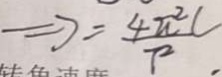
\Rightarrow = \frac { 4 \pi ^ { 2 } C } { T ^ { 2 } }